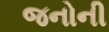
જનોની